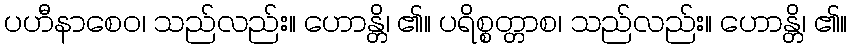
ပဟီနာစေဝ၊ သည်လည်း။ ဟောန္တိ၊ ၏။ ပရိစ္စတ္တာစ၊ သည်လည်း။ ဟောန္တိ၊ ၏။